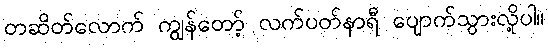
တဆိတ်လောက် ကျွန်တော့် လက်ပတ်နာရီ ပျောက်သွားလို့ပါ။